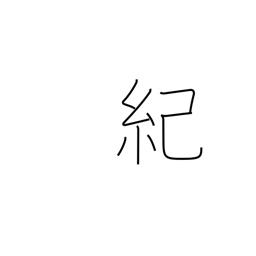
Meaning: narrative